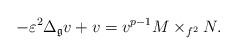
LaTeX: \begin{align*}-\varepsilon^{2}\Delta_{\mathfrak{g}}v+v=v^{p-1}M\times_{f^{2}}N. \end{align*}